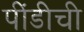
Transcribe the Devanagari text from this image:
पींडीची